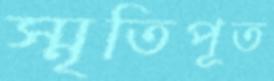
স্মৃতিপূত